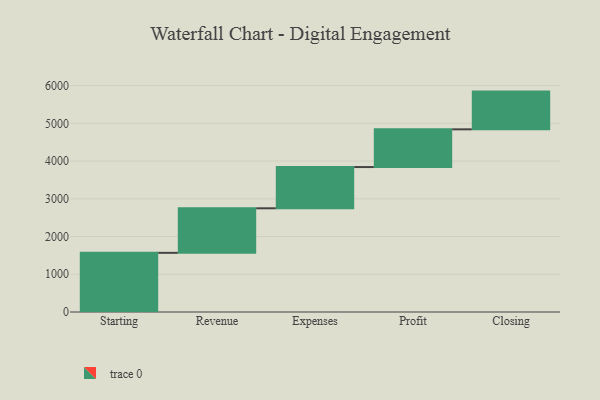
{"axis": {"x": "Step", "y": "Value"}, "legend": [""], "data": [{"x": "Starting", "y": 1568.0, "type": ""}, {"x": "Revenue", "y": 1181.0, "type": ""}, {"x": "Expenses", "y": 1093.0, "type": ""}, {"x": "Profit", "y": 1000, "type": ""}, {"x": "Closing", "y": 1000, "type": ""}]}